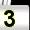
Digit: 3